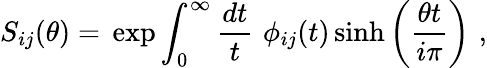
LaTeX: S_{ij}(\theta)=\, \exp\int_{0}^{\infty}\frac{dt}{t}\, \, \phi_{ij}(t)\sinh\left(\frac{\theta t}{i\pi}\right)\, \, ,